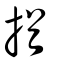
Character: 揂